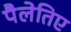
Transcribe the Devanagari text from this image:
पैलेतिए